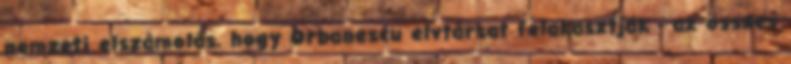
nemzeti elszámolás, hogy Orbanescu elvtársat felakasztják - az összes